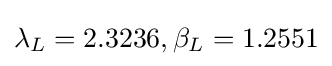
{\textstyle \lambda _{L}=2.3236,\beta _{L}=1.2551}